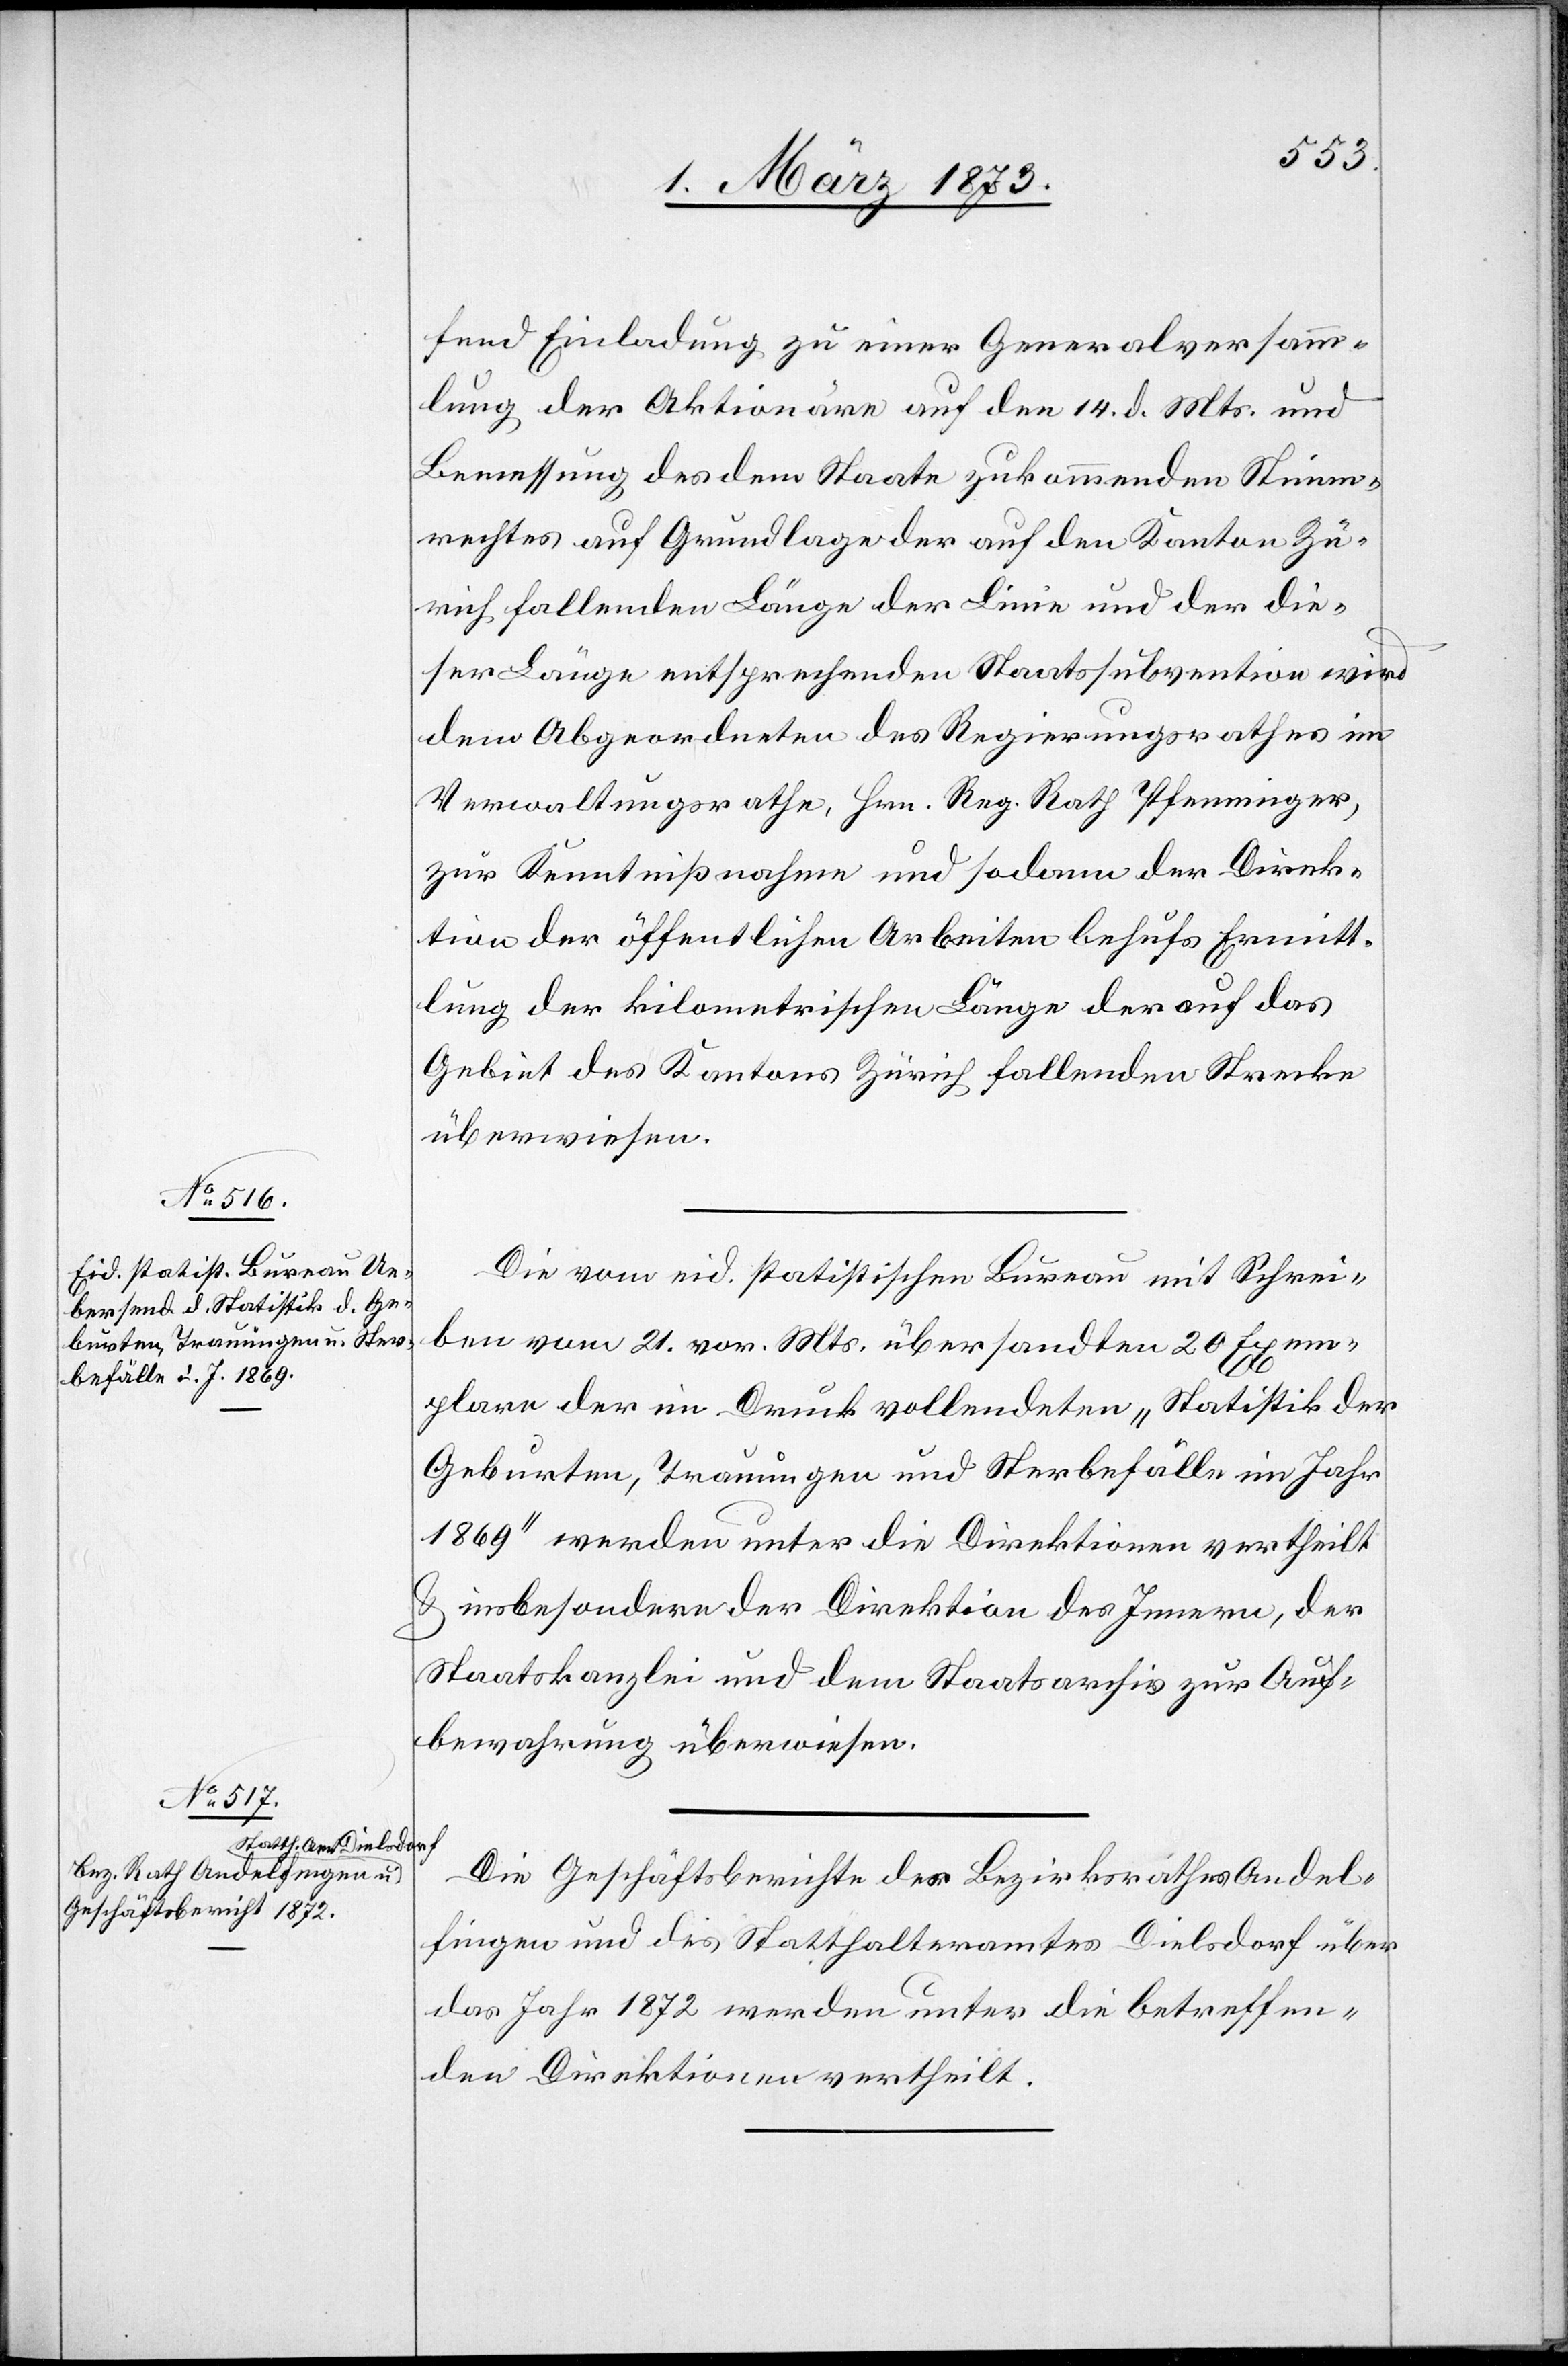
fend Einladung zu einer Generalversamm¬
lung der Aktionäre auf den 14. d. Mts. und
Bemessung des dem Staate zukommenden Stimm¬
rechtes auf Grundlage der auf den Kanton Zü¬
rich fallenden Länge der Linie und der die¬
ser Länge entsprechenden Staatssubvention wird
dem Abgeordneten des Regierungsrathes im
Verwaltungsrathe, Hrn. Reg. Rath Pfenninger,
zur Kenntnißnahme und sodann der Direk¬
tion der öffentlichen Arbeiten behufs Ermitt¬
lung der kilometrischen Länge der auf das
Gebiet des Kantons Zürich fallenden Strecke
überwiesen.
Die vom eid. statistischen Bureau mit Schrei¬
ben vom 21. vor. Mts. übersandten 20 Exem¬
plare der im Druck vollendeten „Statistik der
Geburten, Trauungen und Sterbefälle im Jahr
1869“ werden unter die Direktionen vertheilt
u. insbesondere der Direktion des Innern, der
Staatskanzlei und dem Staatsarchiv zur Auf¬
bewahrung überwiesen.
Die Geschäftsberichte des Bezirksrathes Andel¬
fingen und des Statthalteramtes Dielsdorf über
das Jahr 1872 werden unter die betreffen¬
den Direktionen vertheilt.